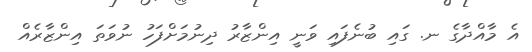
އެ މާއްދާގެ ނ. ގައި ބުނެފައި ވަނީ އިންޒާރު ދިނުމަށްފަހު ނުވަތަ އިންޒާރެއް